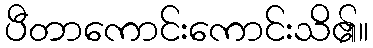
ပီတာကောင်းကောင်းသိ၏။